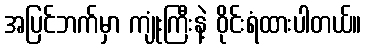
အပြင်ဘက်မှာ ကျုံးကြီးနဲ့ ဝိုင်းရံထားပါတယ်။